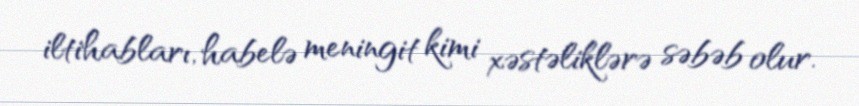
iltihabları, habelə meningit kimi xəstəliklərə səbəb olur.